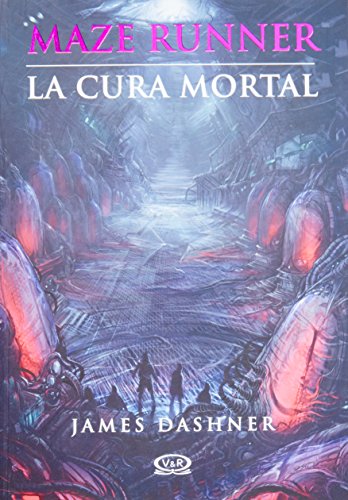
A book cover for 3 - La cura mortal - Maze Runner (Maze Runner Trilogy) (Spanish Edition); James Dashner; Literature & Fiction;